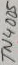
Text: TN4005